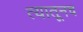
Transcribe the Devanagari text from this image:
त्‍यातूनच